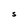
Character: S